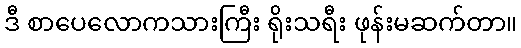
ဒီ စာပေလောကသားကြီး ရိုးသရီး ဖုန်းမဆက်တာ။